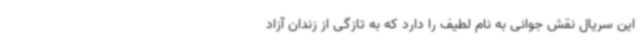
این سریال نقش جوانی به نام لطیف را دارد که به تازگی از زندان آزاد